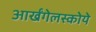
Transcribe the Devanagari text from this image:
आर्खंगेलस्कोये